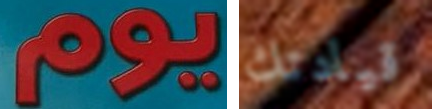
يوم قيادتك